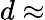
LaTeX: d\approx